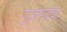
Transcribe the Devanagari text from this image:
गूजरदेव